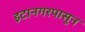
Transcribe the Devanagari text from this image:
इटानगरपासून